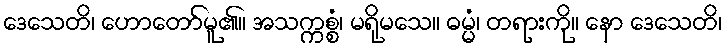
ဒေသေတိ၊ ဟောတော်မူ၏။ အသက္ကစ္စံ၊ မရိုမသေ။ ဓမ္မံ၊ တရားကို။ နော ဒေသေတိ၊